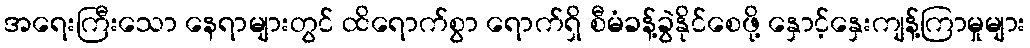
အရေးကြီးသော နေရာများတွင် ထိရောက်စွာ ရောက်ရှိ စီမံခန့်ခွဲနိုင်စေဖို့ နှောင့်နှေးကျန့်ကြာမှုများ